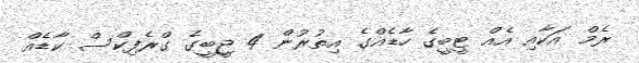
ރެމް އަކާއި އެއް ޓީބީގެ ހާޑެއްގެ އިތުރުން 4 ޖީބީގެ ގްރެފިކްސް ކާޑެއް